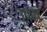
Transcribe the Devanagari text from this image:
उफष